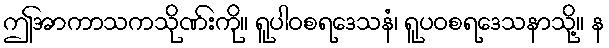
ဤအာကာသကသိုဏ်းကို။ ရူပါဝစရဒေသနံ၊ ရူပဝစရဒေသနာသို့။ န